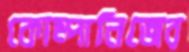
কোম্পানিজের